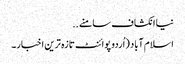
نیا انکشاف سامنے ..
اسلام آباد (اُردو پوائنٹ تازہ ترین اخبار۔